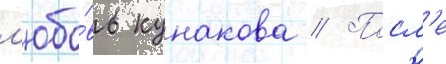
л'юбо́вь кунакова // Посл'е